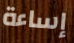
إساءة